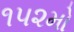
૧૫૨મો